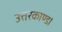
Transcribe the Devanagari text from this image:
उत्तरकाण्ड।